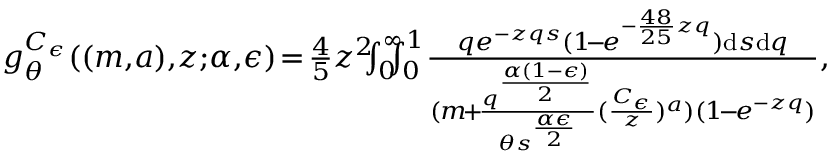
\begin{array} { r } { g _ { \theta } ^ { C _ { \epsilon } } ( ( m , \! a ) , \! z ; \! \alpha , \! \epsilon ) \! = \! \frac { 4 } { 5 } z ^ { 2 } \! \! \! \int _ { 0 } ^ { \infty } \! \! \! \! \int _ { 0 } ^ { 1 } \! \frac { q e ^ { - z q s } ( 1 \! - \! e ^ { - \frac { 4 8 } { 2 5 } z q } ) \mathrm { d } s \mathrm { d } q } { ( m \! + \! \frac { q ^ { \frac { \alpha ( 1 - \epsilon ) } { 2 } } } { \theta s ^ { \frac { \alpha \epsilon } { 2 } } } ( \frac { C _ { \epsilon } } { z } ) ^ { a } ) ( 1 \! - \! e ^ { - z q } ) } , } \end{array}